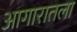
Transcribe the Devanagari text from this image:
आगारातला